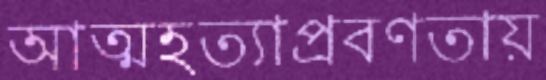
আত্মহত্যাপ্রবণতায়